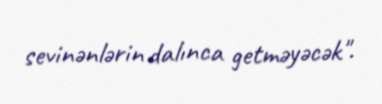
sevinənlərin dalınca getməyəcək".